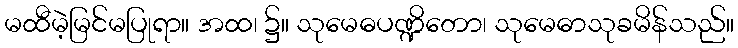
မထီမဲ့မြင်မပြုရာ။ အထ၊ ၌။ သုမေဓပဏ္ဍိတော၊ သုမေဓာသုခမိန်သည်။